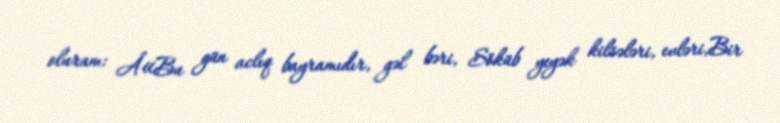
oluram: Â«Bu gün aclıq bayramıdır, gəl bəri, Söküb yeyək kilsələri, evləri,Bir